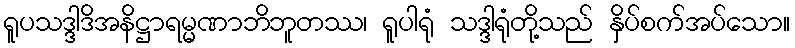
ရူပသဒ္ဒါဒိအနိဋ္ဌာရမ္မဏာဘိဘူတဿ၊ ရူပါရုံ သဒ္ဒါရုံတို့သည် နှိပ်စက်အပ်သော။